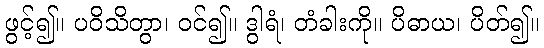
ဖွင့်၍။ ပဝိသိတွာ၊ ဝင်၍။ ဒွါရံ၊ တံခါးကို။ ပိဓာယ၊ ပိတ်၍။